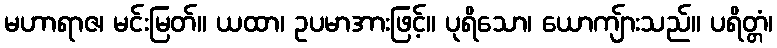
မဟာရာဇ၊ မင်းမြတ်။ ယထာ၊ ဥပမာအားဖြင့်။ ပုရိသော၊ ယောကျ်ားသည်။ ပရိတ္တံ၊